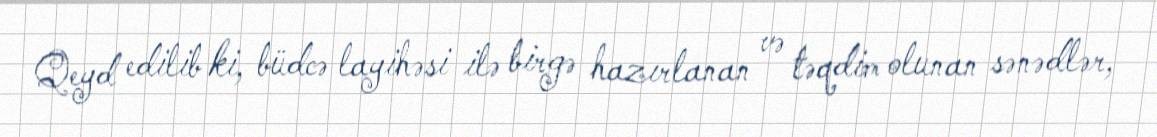
Qeyd edilib ki, büdcə layihəsi ilə birgə hazırlanan və təqdim olunan sənədlər,